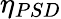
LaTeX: \eta_{PSD}